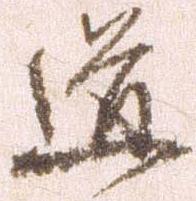
道